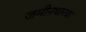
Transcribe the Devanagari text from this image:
जमीनधारक